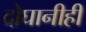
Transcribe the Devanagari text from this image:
दोघानीही